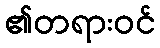
၏တရားဝင်